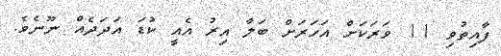
ފާއިތުވި 11 ވަރަކަށް އަހަރަށް ބަލާ އިރު އެއީ ކުޑަ އަދަދެއް ނޫނެވެ.